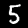
Label: 5